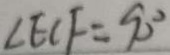
\angle E C F = 9 0 ^ { \circ }